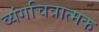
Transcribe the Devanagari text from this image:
व्यंगचित्रात्मक